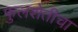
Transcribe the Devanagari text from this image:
फुलशेतीचा